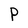
Character: P